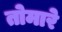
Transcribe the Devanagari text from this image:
तोमारे